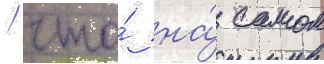
/ что́ на́ самом